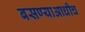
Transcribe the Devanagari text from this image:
बसण्याआधीच